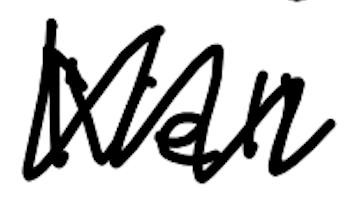
Text: Nell
Cross-out: mix
Writing tool: digital_black